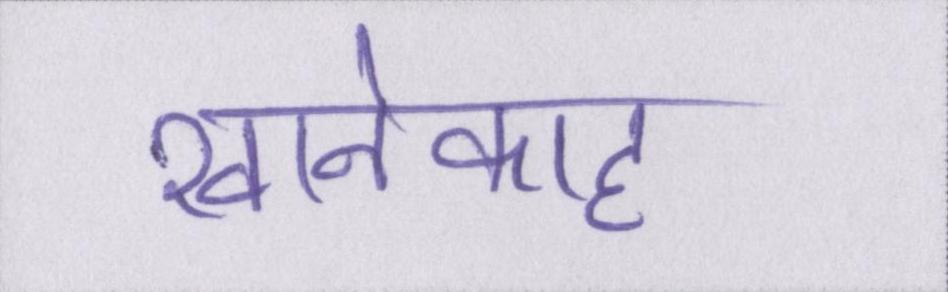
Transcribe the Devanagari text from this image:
खानेकाह